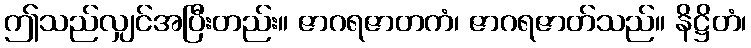
ဤသည်လျှင်အပြီးတည်း။ ဇာဂရဇာတကံ၊ ဇာဂရဇာတ်သည်။ နိဋ္ဌိတံ၊